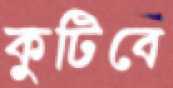
কুটিবে